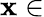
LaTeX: \mathbf{x}\in